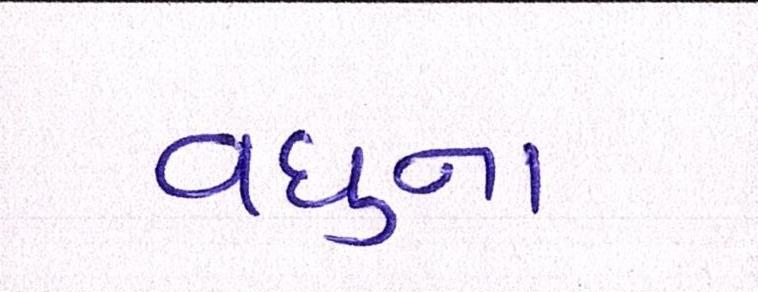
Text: વધુના